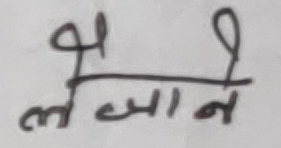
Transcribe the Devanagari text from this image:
लजाने